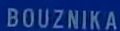
BOUZNIKA